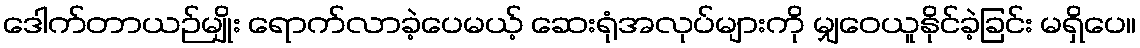
ဒေါက်တာယဉ်မျိုး ရောက်လာခဲ့ပေမယ့် ဆေးရုံအလုပ်များကို မျှဝေယူနိုင်ခဲ့ခြင်း မရှိပေ။